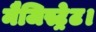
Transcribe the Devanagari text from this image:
मैजिस्ट्रेट।